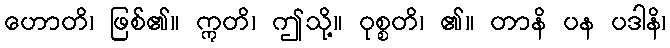
ဟောတိ၊ ဖြစ်၏။ ဣတိ၊ ဤသို့။ ဝုစ္စတိ၊ ၏။ တာနိ ပန ပဒါနိ၊